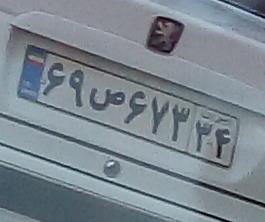
۶۹ص۶۷۳۳۴